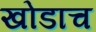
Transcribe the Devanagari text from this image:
खोडाच